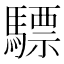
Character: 驃